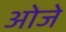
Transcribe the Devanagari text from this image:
ओजे